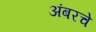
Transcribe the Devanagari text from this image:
अंबरचे